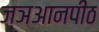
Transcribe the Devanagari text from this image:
ज्ञआनपीठ